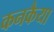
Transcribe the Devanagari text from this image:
कनकैया